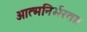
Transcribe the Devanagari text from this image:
आत्मनिर्भरता।